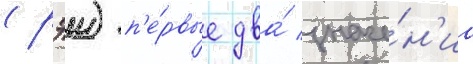
(рэи) п'е́рвые два́ значе́н'иа